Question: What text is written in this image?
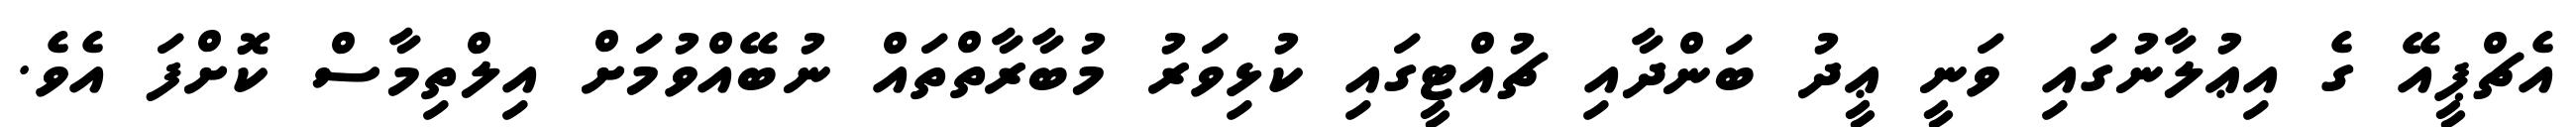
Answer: އެޗްޕީއޭ ގެ އިޢުލާނުގައި ވަނީ ޢީދު ބަންދާއި ޗުއްޓީގައި ކުޅިވަރު މުބާރާތްތައް ނުބޭއްވުމަށް އިލްތިމާސް ކޮށްފަ އެވެ.